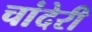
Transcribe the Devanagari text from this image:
चांदेरी